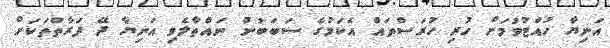
އަނިޔާ ހުއްޓުވުމަށް ހުރި ހުރަސްތައް އެކަމުގެ ސަބަބުން ނައްތާލެވި އަނިޔާ ދޭ ފަރާތްތަކަށް